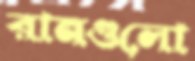
রানগুলো